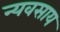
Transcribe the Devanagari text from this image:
न्यवसाय